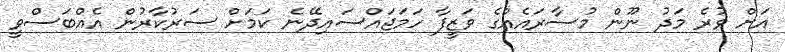
އަށް ވުރެ މަދު ނޫން މުސާރައެއްގެ ވަޒީފާ ހަމަޖައްސައިދޭނެ ކަމަށް ސަރުކާރުން އެއްބަސްވީ